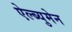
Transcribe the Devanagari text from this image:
ऐल्ब्युमेन